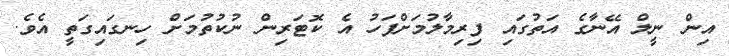
އިން ނީލް އޭނާގެ އަތުގައި ފިރިމާލުމަށްފަހު އެ ކޮޓަރިން ނުކުތުމަށް ހިނގައިގަތީ އެވެ.